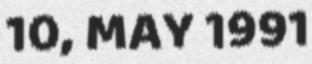
10, MAY 1991